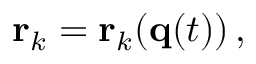
\mathbf { r } _ { k } = \mathbf { r } _ { k } ( \mathbf { q } ( t ) ) \, ,